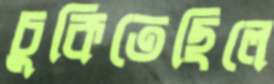
চুকিতেছিলে